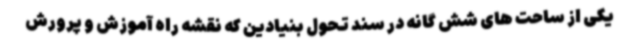
یکی از ساحت های شش گانه در سند تحول بنیادین که نقشه راه آموزش و پرورش